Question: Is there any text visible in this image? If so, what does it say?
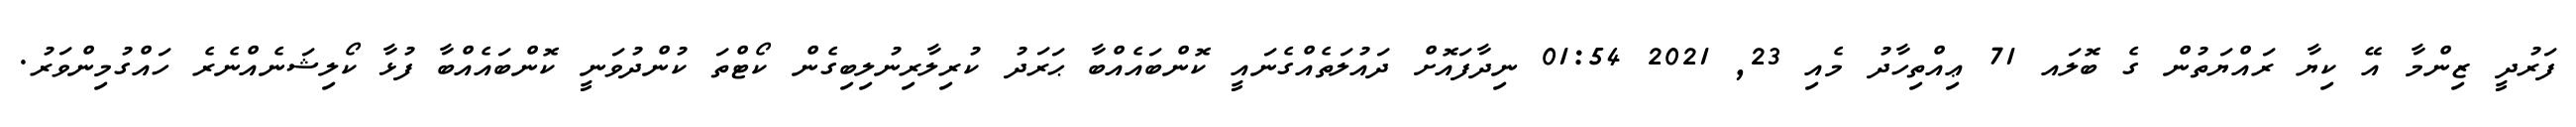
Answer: ފަރުދީ ޒިންމާ އޭ ކިޔާ ރައްޔަތުން ގެ ބޮލައ 71 ޢިއްތިހާދު މެއި 23, 2021 01:54 ނިދާފައޮށް ދައުލަތެއްގެނައީ ކޮންބައެއްބާ ޙަރަދު ކުރިލާރިނުލިބިގެން ކޯޓްތަ ކުންދުވަނީ ކޮންބައެއްބާ ފުޅާ ކޯލިޝަނެއްނެރެ ހައްގުމިންވަރު.